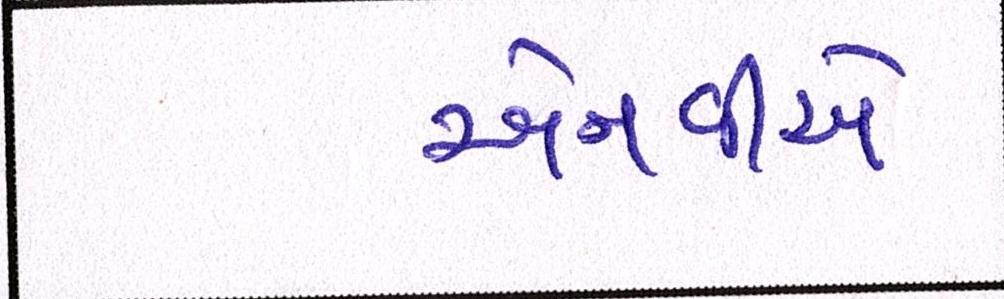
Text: એનવીએ